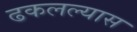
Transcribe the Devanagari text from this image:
ढकलल्यास